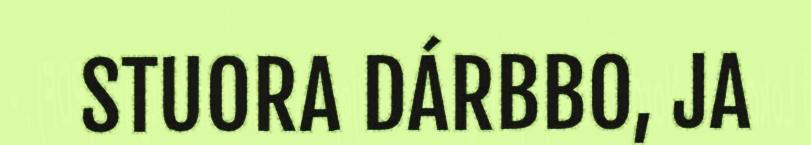
STUORA DÁRBBO, JA